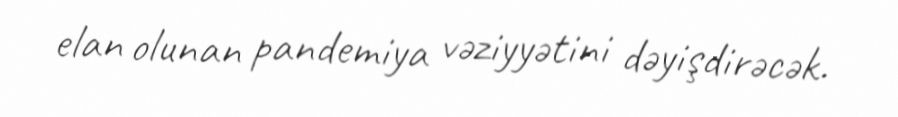
elan olunan pandemiya vəziyyətini dəyişdirəcək.